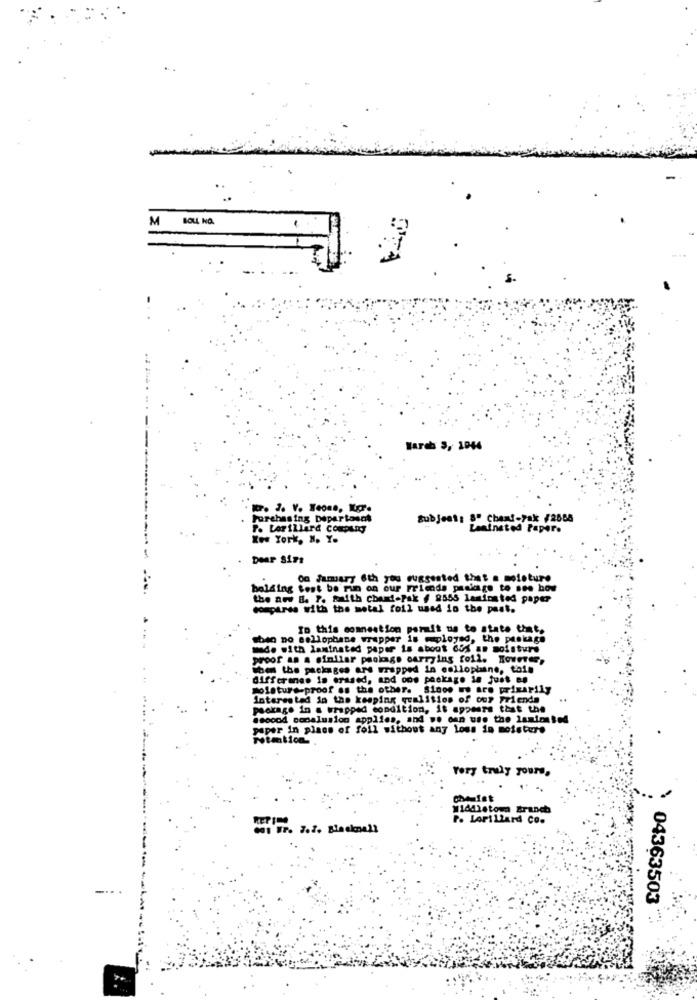
M
BOUL NO.
March 3, 1044
Purchasing Departoent
Subject: 5" Chemi-yak /2665
Po Lorillard company
Laminated Papere
Kos York, N. Y.
Dear Sirs
OG fumary 6th you suggested that a moisture
belding test be run on our Friends package to ses hos
the and B. P. Rith chard-Pak / 2555 laminated paper
sompires with the metal foil used in the past.
In this comneation porit us to state that,
sheo no allophane wrapper is ployed, the package
mode with laminated paper is about 65% an moisture
proof an a simliar package carrying foil. Koueres,
when the packages ars wrapped in cellophane, tais
difference is erased, and oos package in just en
moisture-proof ss the other. Sinoe we are primarily
Interested in the keeping qualities of our Friends
package in a wrapped condition, it appears that the
@sooo4 sonalusion applies, and we can use the lamianted
paper in place of foll without any loss in moisture
Formtion
Very truly yours,
Widdistom Branch
P. LAPILLard CO.
04363503